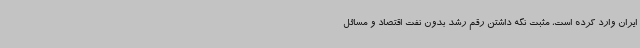
ایران وارد کرده است، مثبت نگه داشتن رقم رشد بدون نفت اقتصاد و مسائل